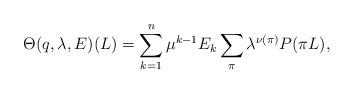
LaTeX: \begin{align*}\Theta(q,\lambda,E)(L) = \sum_{k=1}^n \mu^{k-1} E_k \sum_{\pi} \lambda^{\nu(\pi)} P(\pi L), \end{align*}